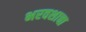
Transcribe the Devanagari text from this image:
भरवशाचा